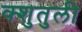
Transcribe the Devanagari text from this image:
क्शुतुली